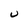
Character: U